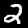
Label: 2